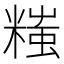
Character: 𬖲